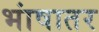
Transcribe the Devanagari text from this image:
भांषातर